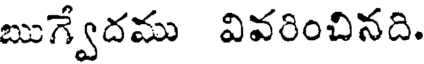
ఋగ్వేదము వివరించినది.